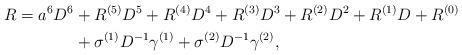
LaTeX: \begin{align*}R=a^6 D^6&+ R^{(5)}D^5 + R^{(4)}D^4 + R^{(3)}D^3 + R^{(2)}D^2 + R^{(1)}D + R^{(0)}\\&+\sigma^{(1)} D^{-1}\gamma^{(1)}+\sigma^{(2)} D^{-1}\gamma^{(2)},\end{align*}